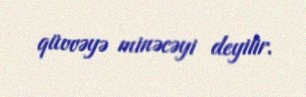
qüvvəyə minəcəyi deyilir.